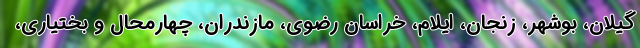
گیلان، بوشهر، زنجان، ایلام، خراسان رضوی، مازندران، چهارمحال و بختیاری،